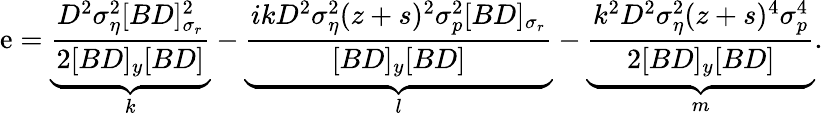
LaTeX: \mathrm{e}=\underbrace{{\frac{{D^{2}\sigma_{\eta}^{2}[BD]_{\sigma_{r}}^{2}}}{{2[BD]_{y}[BD]}}}}_{k}-\underbrace{{\frac{{ikD^{2}\sigma_{\eta}^{2}(z+s)^{2}\sigma_{p}^{2}[BD]_{\sigma_{r}}}}{{[BD]_{y}[BD]}}}}_{l}-\underbrace{{\frac{{k^{2}D^{2}\sigma_{\eta}^{2}(z+s)^{4}\sigma_{p}^{4}}}{{2[BD]_{y}[BD]}}}}_{m}.